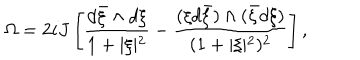
\Omega = 2 i J \left[ \frac { d { \bar { \xi } } \wedge d \xi } { 1 + \vert \xi \vert ^ { 2 } } - \frac { ( \xi d { \bar { \xi } } ) \wedge ( { \bar { \xi } } d \xi ) } { ( 1 + \vert \xi \vert ^ { 2 } ) ^ { 2 } } \right] ,